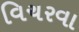
વિચરવા